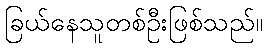
ခြယ်နေသူတစ်ဦးဖြစ်သည်။